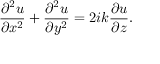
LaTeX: { \frac { \partial ^ { 2 } u } { \partial x ^ { 2 } } } + { \frac { \partial ^ { 2 } u } { \partial y ^ { 2 } } } = 2 i k { \frac { \partial u } { \partial z } } .